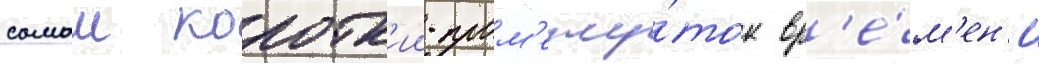
самыи коротк'ии пром'ежу́ток вр'е́м'ен'и